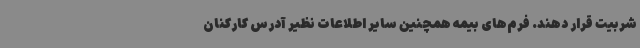
شربیت قرار دهند. فرم‌های بیمه همچنین سایر اطلاعات نظیر آدرس کارکنان